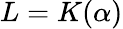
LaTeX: L=K(\alpha)